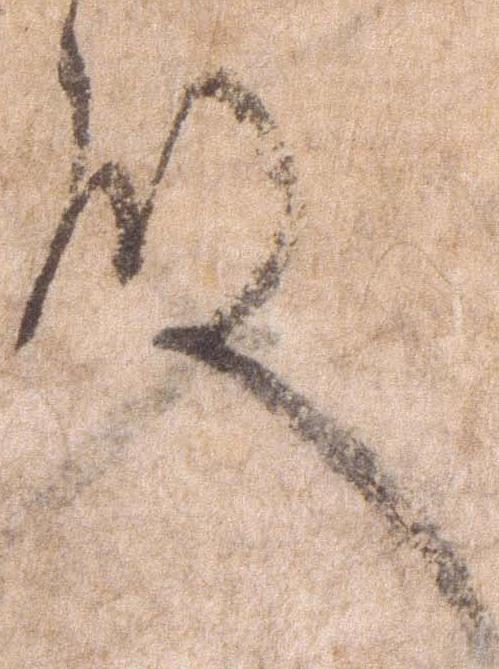
殿